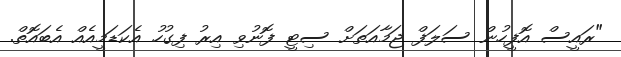
"ރައީސް އޮފީހުން ސަލަފް ޖަމާއަތަށް ސިޓީ ފޮނުވި އިރު ފިގުހު އެކަޑަމީއެއް އެބައޮތް.